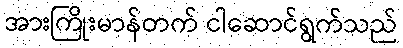
အားကြိုးမာန်တက် ငါဆောင်ရွက်သည်